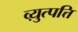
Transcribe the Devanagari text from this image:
व्य़ुत्पत्ति